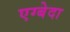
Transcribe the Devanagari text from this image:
एग्बेदा